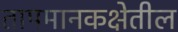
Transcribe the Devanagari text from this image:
तापमानकक्षेतील